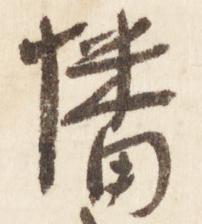
幡